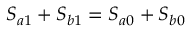
S _ { a 1 } + S _ { b 1 } = S _ { a 0 } + S _ { b 0 }